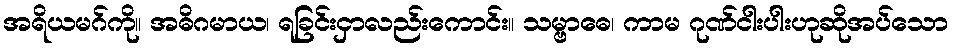
အရိယမဂ်ကို။ အဓိဂမာယ၊ ရခြင်းငှာလည်းကောင်း။ သမ္ဗာဓေ၊ ကာမ ဂုဏ်ငါးပါးဟုဆိုအပ်သော